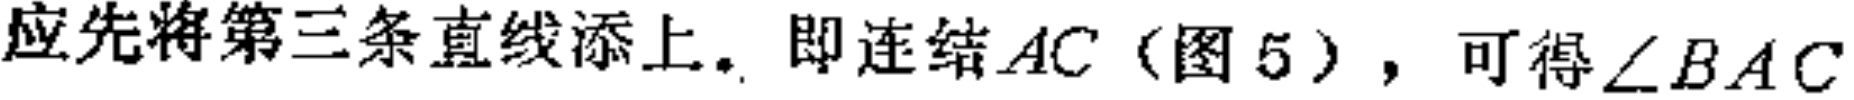
应先将第三条直线添上。即连结\(AC\)（图 5），可得\(\angle BAC\)